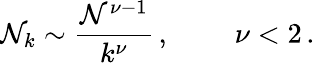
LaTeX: \mathcal{N}_{k}\sim\frac{{\mathcal{N}^{\nu-1}}}{{k^{\nu}}}\, ,~\qquad\nu<2\, .